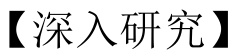
【深入研究】